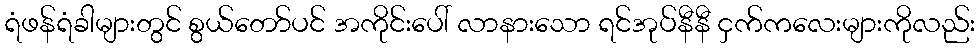
ရံဖန်ရံခါများတွင် စွယ်တော်ပင် အကိုင်းပေါ် လာနားသော ရင်အုပ်နီနီ ငှက်ကလေးများကိုလည်း